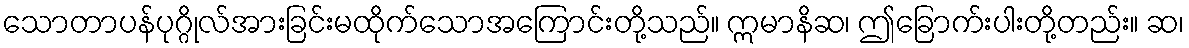
သောတာပန်ပုဂ္ဂိုလ်အားခြင်းမထိုက်သောအကြောင်းတို့သည်။ ဣမာနိဆ၊ ဤခြောက်းပါးတို့တည်း။ ဆ၊